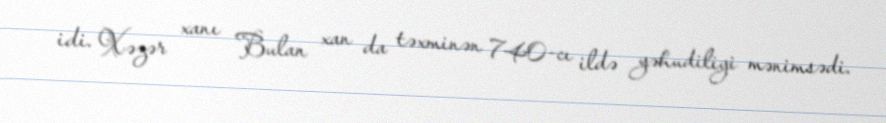
idi. Xəzər xanı Bulan xan da təxminən 740-cı ildə yəhudiliyi mənimsədi.